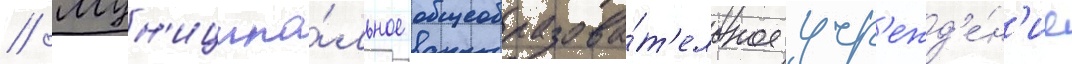
// Мун'иципа́льное общеобразова́т'ельное учр'ежд'е́н'ие